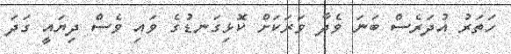
ހަތަރު އުދަރެސް ބަނަ ވެދާ ވަރަކަށް ކޮޅިގަނޑުގެ ވައި ވެސް ދިޔައީ ގަދަ